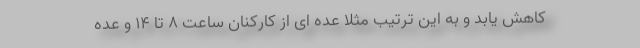
کاهش یابد و به این ترتیب مثلا عده ای از کارکنان ساعت ۸ تا ۱۴ و عده